Madras plague regulations in force outside the Presidency town - Volume 3
Disease focus: Plague
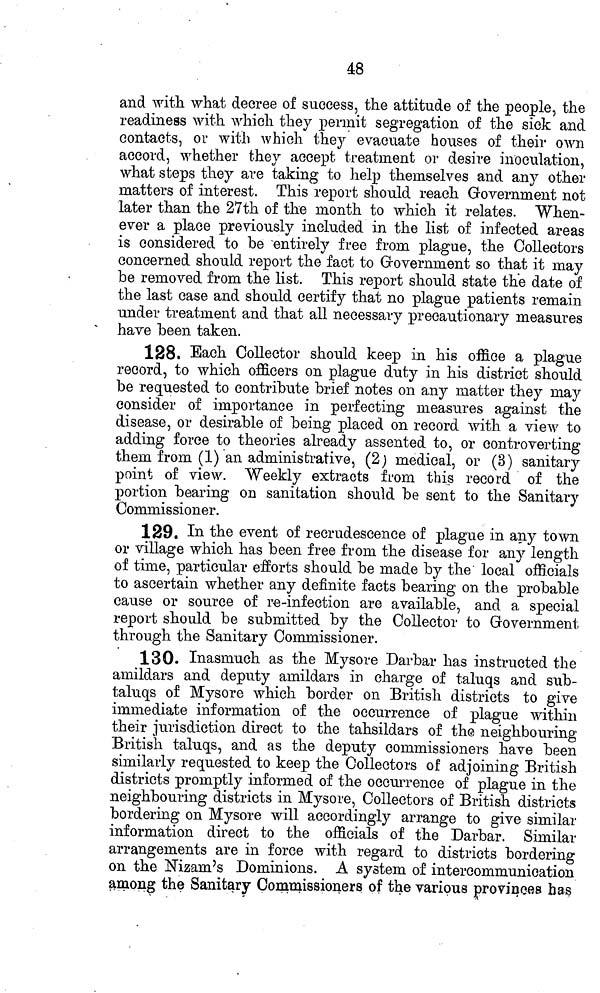
48
and with, what decree of success, the attitude of the people, the
readiness with which they permit segregation of the sick and
contacts, or with which they evacuate houses of their own
accord, whether they accept treatment or desire inoculation,
what steps they are taking to help themselves and any other
matters of interest. This report should reach Government not
later than the 27th of the month to which it relates. "When-
ever a place previously included in the list of infected areas
is considered to be entirely free from plague, the Collectors
concerned should report the fact to Government so that it may
be removed from the list. This report should state the date of
the last case and should certify that no plague patients remain
under treatment and that all necessary precautionary measures
have been taken.
128. Each Collector should keep in his office a plague
record, to which officers on plague duty in his district should
be requested to contribute brief notes on any matter they may
consider of importance in perfecting measures against the
disease, or desirable of being placed on record with a view to
adding force to theories already assented to, or controverting
them from (1) an administrative, (2) medical, or (3) sanitary
point of view. "Weekly extracts from this record of the
portion bearing on sanitation should be sent to the Sanitary
Commissioner.
129. In the event of recrudescence of plague in any town
or village which has been free from the disease for any length
of time, particular efforts should be made by the' local officials
to ascertain whether any definite facts bearing on the probable
cause or source of re-infection are available, and a special
report should be submitted by the Collector to Government
through the Sanitary Commissioner.
130. Inasmuch as the Mysore Darbar has instructed the
amildars and deputy amildars in charge of taluqs and sub-
taluqs of Mysore which border on British districts to give
immediate information of the occurrence of plague within
their jurisdiction direct to the tahsildars of the neighbouring
British taluqs, and as the deputy commissioners have been
similarly requested to keep the Collectors of adjoining British
districts promptly informed of the occurrence of plague in the
neighbouring districts in Mysore, Collectors of British districts
bordering on Mysore will accordingly arrange to give similar
information direct to the officials of the Darbar. Similar
arrangements are in force with regard to districts bordering
on the Nizam's Dominions. A system of intercommunication
among the Sanitary Commissioners of the various provinces has